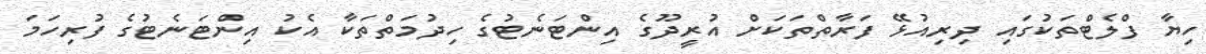
ހިޔާ ފްލެޓްތަކުގައި ދިރިއުޅޭ ފަރާތްތަކަށް އުރީދޫގެ އިންޓަނެޓުގެ ހިދުމަތްތަކާ އެކު އިންޓަނެޓުގެ ފުރިހަމަ